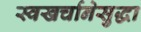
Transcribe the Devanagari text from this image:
स्वखर्चानेसुद्धा